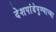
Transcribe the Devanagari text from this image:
देशपांडेपुण्याच्या